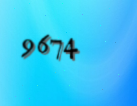
9674